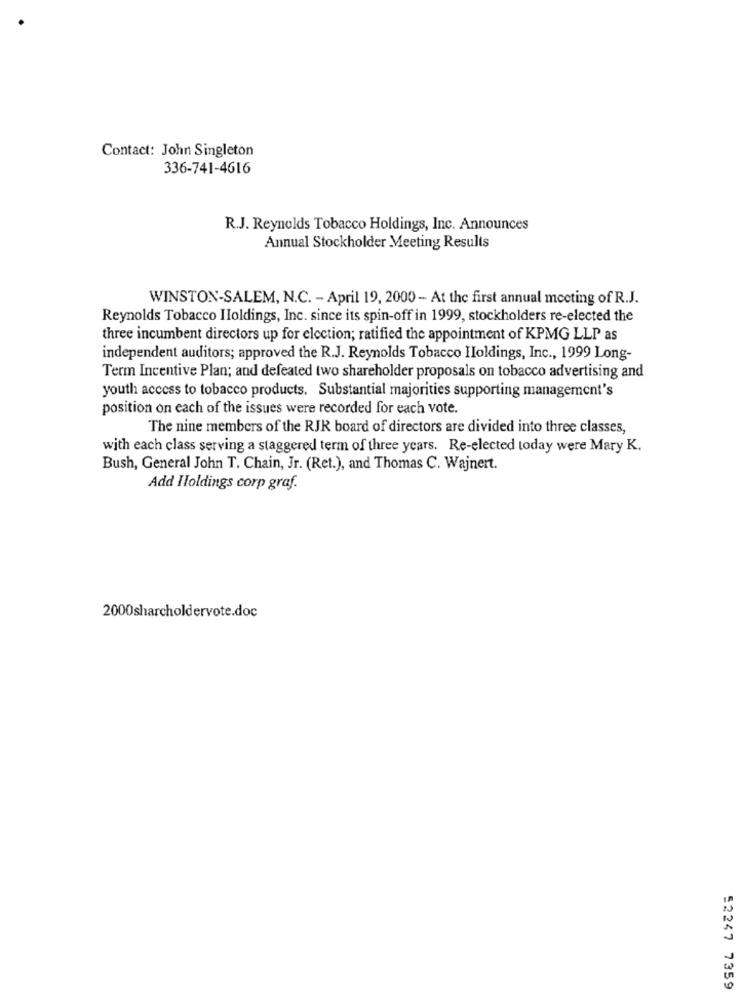
Contact: John Singleton
336-741-4616
R.J. Reynolds Tobacco Holdings, Inc. Announces
Annual Stockholder Meeting Results
WINSTON-SALEM, N.C. - April 19, 2000 - At the first annual meeting of R.J.
Reynolds Tobacco Holdings, Inc. since its spin-off in 1999, stockholders re-elected the
three incumbent directors up for election; ratified the appointment of KPMG LLP as
independent auditors; approved the R.J. Reynolds Tobacco Holdings, Inc ., 1999 Long-
Term Incentive Plan; and defeated two shareholder proposals on tobacco advertising and
youth access to tobacco products. Substantial majorities supporting management's
position on each of the issues were recorded for each vote.
The nine members of the RJR board of directors are divided into three classes,
with each class serving a staggered term of three years. Re-elected today were Mary K.
Bush, General John T. Chain, Jr. (Ret.), and Thomas C. Wajnert.
Add Holdings corp graf.
2000sharcholdervote.doc
52247 7359